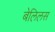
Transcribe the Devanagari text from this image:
बेलिलस